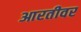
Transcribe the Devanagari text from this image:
आरतीवर